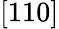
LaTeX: [110]